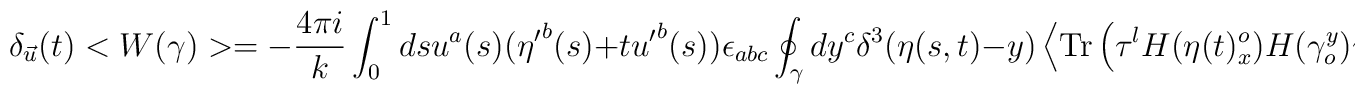
\delta_{\vec{u}}(t) <W(\gamma)> = -{4 \pi i\over k} \int_0^1 ds u^a(s) ({\eta'}^b(s)+t {u'}^b(s)) \epsilon_{abc} \oint_\gamma dy^c \delta^3(\eta(s,t)-y) \left<{\rm Tr}\left(\tau^lH(\eta(t)_x^o)H(\gamma_o^y)\tau^lH(\gamma_y^o)H(\eta(t)_o^x)\right)\right>.